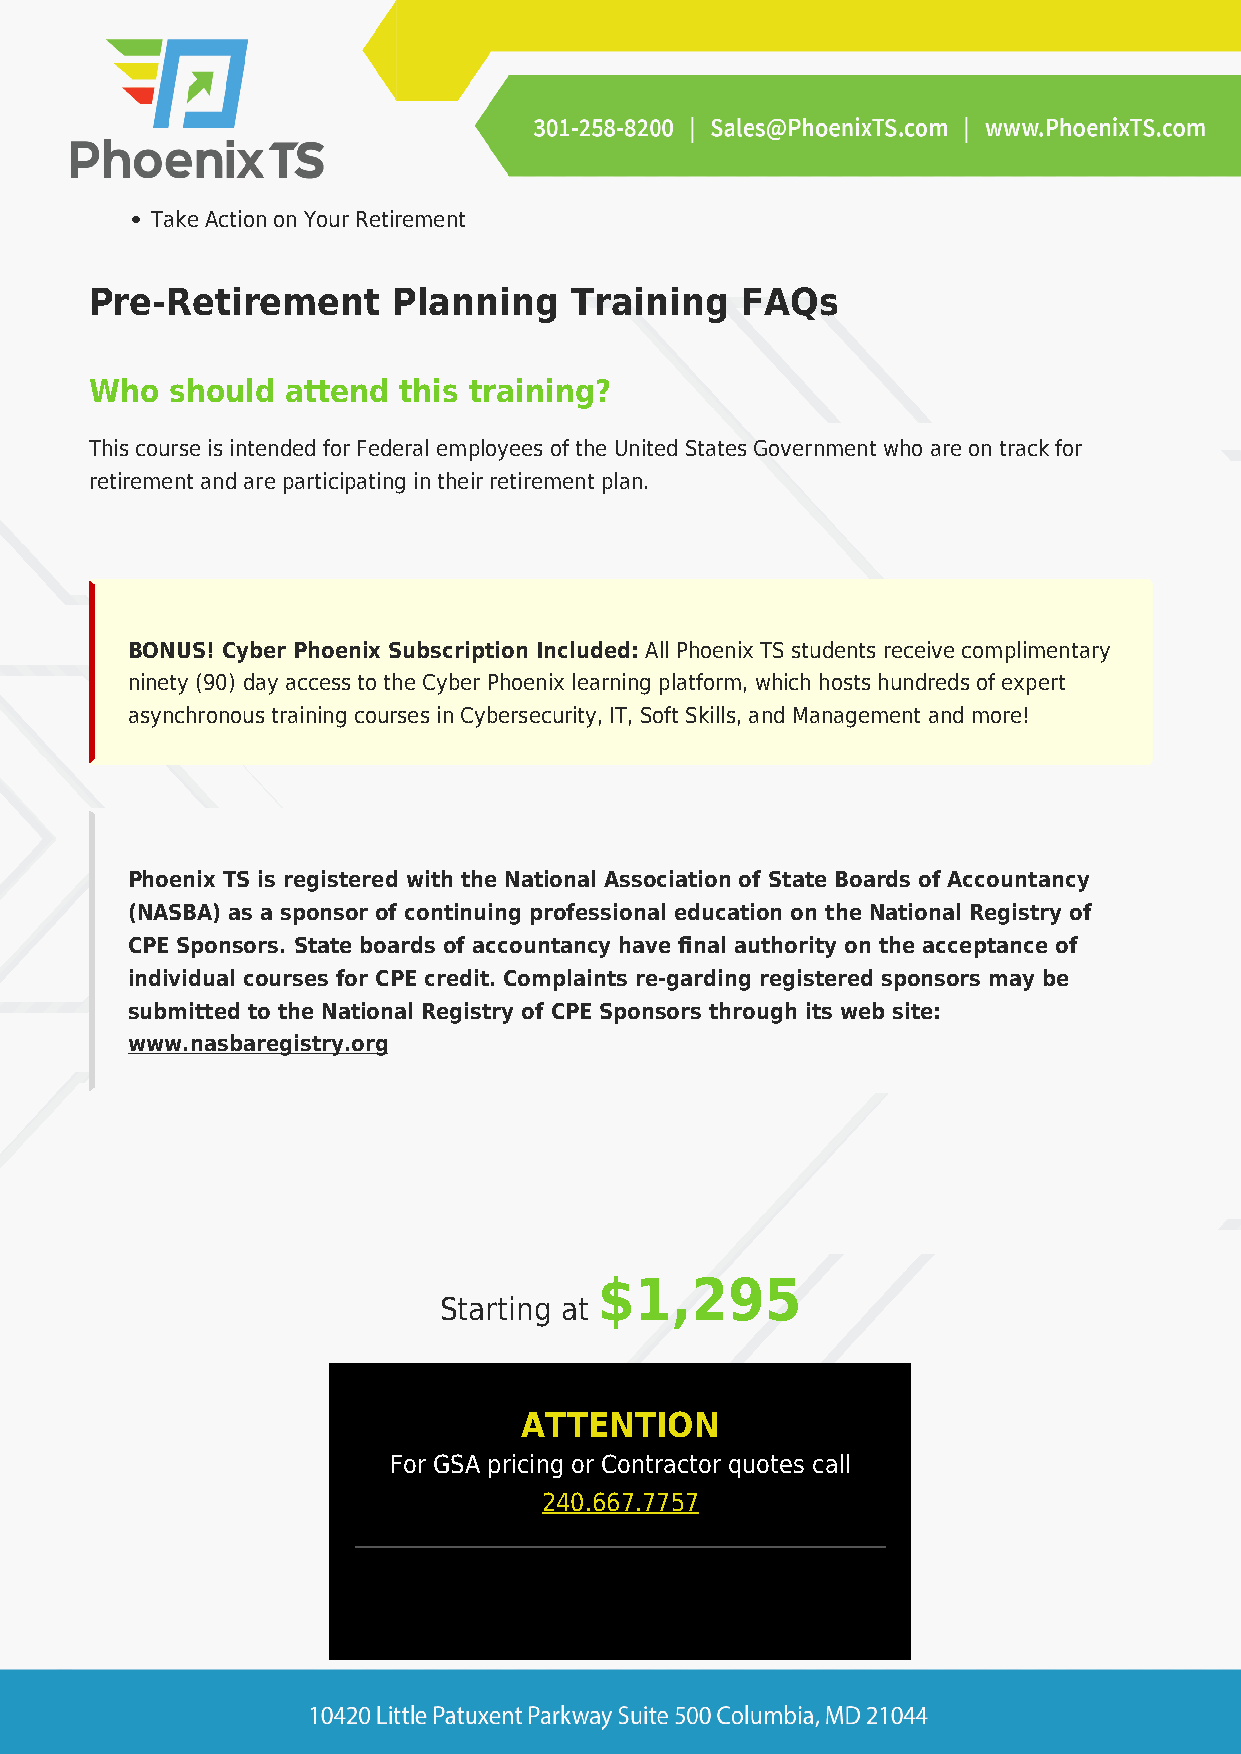
Take Action on Your Retirement
 Pre-Retirement      Planning    Training   FAQs
 Who  should  attend this training?
 This course is intended for Federal employees of the United States Government who are on track for
 retirement and are participating in their retirement plan.
 BONUS! Cyber Phoenix Subscription Included: All Phoenix TS students receive complimentary
 ninety (90) day access to the Cyber Phoenix learning platform, which hosts hundreds of expert
 asynchronous training courses in Cybersecurity, IT, Soft Skills, and Management and more!
 Phoenix TS is registered with the National Association of State Boards of Accountancy
 (NASBA) as a sponsor of continuing professional education on the National Registry of
 CPE Sponsors. State boards of accountancy have final authority on the acceptance of
 individual courses for CPE credit. Complaints re-garding registered sponsors may be
 submitted to the National Registry of CPE Sponsors through its web site:
 www.nasbaregistry.org
 Register
 $1,295
 Starting at
 ATTENTION
 For GSA pricing or Contractor quotes call
 240.667.7757